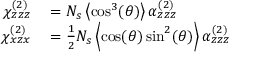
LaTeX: \begin{array} { r l } { \chi _ { z z z } ^ { ( 2 ) } } & { { } = N _ { s } \left\langle \cos ^ { 3 } ( \theta ) \right\rangle \alpha _ { z z z } ^ { ( 2 ) } } \\ { \chi _ { x z x } ^ { ( 2 ) } } & { { } = { \frac { 1 } { 2 } } N _ { s } \left\langle \cos ( \theta ) \sin ^ { 2 } ( \theta ) \right\rangle \alpha _ { z z z } ^ { ( 2 ) } } \end{array}